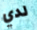
لدي